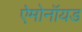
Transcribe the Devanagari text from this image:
ऐमोनॉयड